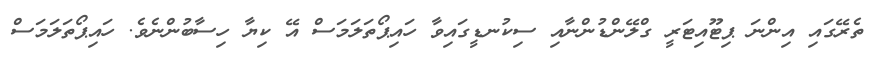
ތެރޭގައި އިންނަ ޕިޓޫއިޓަރީ ގްލޭންޑުންނާއި ސިކުނޑީގައިވާ ހައިޕޯތަލަމަސް އޭ ކިޔާ ހިސާބުންނެވެ. ހައިޕޯތަލަމަސް